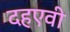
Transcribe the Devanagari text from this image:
दहएवी